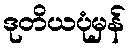
ဒုတိယပုံမှန်